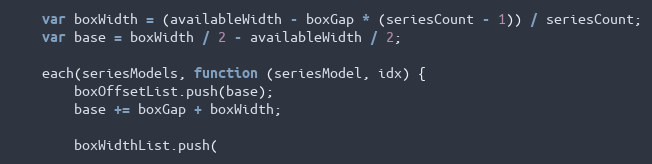
Language: JavaScript
    var boxWidth = (availableWidth - boxGap * (seriesCount - 1)) / seriesCount;
    var base = boxWidth / 2 - availableWidth / 2;

    each(seriesModels, function (seriesModel, idx) {
        boxOffsetList.push(base);
        base += boxGap + boxWidth;

        boxWidthList.push(